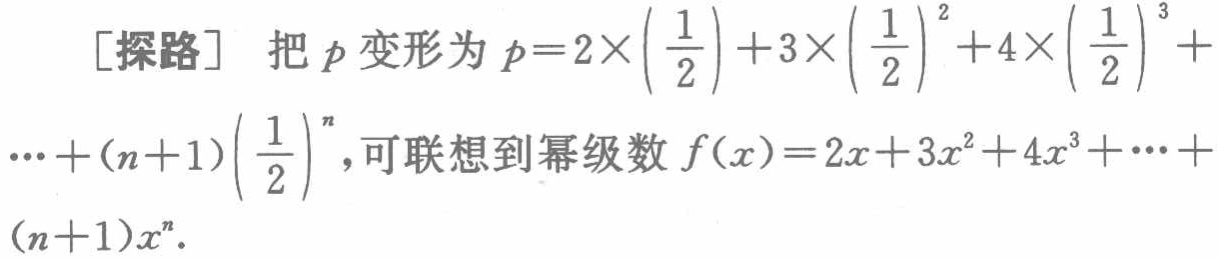
[探路] 把\(p\)变形为\(p = 2\times\left(\frac{1}{2}\right)+3\times\left(\frac{1}{2}\right)^{2}+4\times\left(\frac{1}{2}\right)^{3}+\cdots+(n + 1)\left(\frac{1}{2}\right)^{n}\)，可联想到幂级数\(f(x)=2x + 3x^{2}+4x^{3}+\cdots+(n + 1)x^{n}\)。